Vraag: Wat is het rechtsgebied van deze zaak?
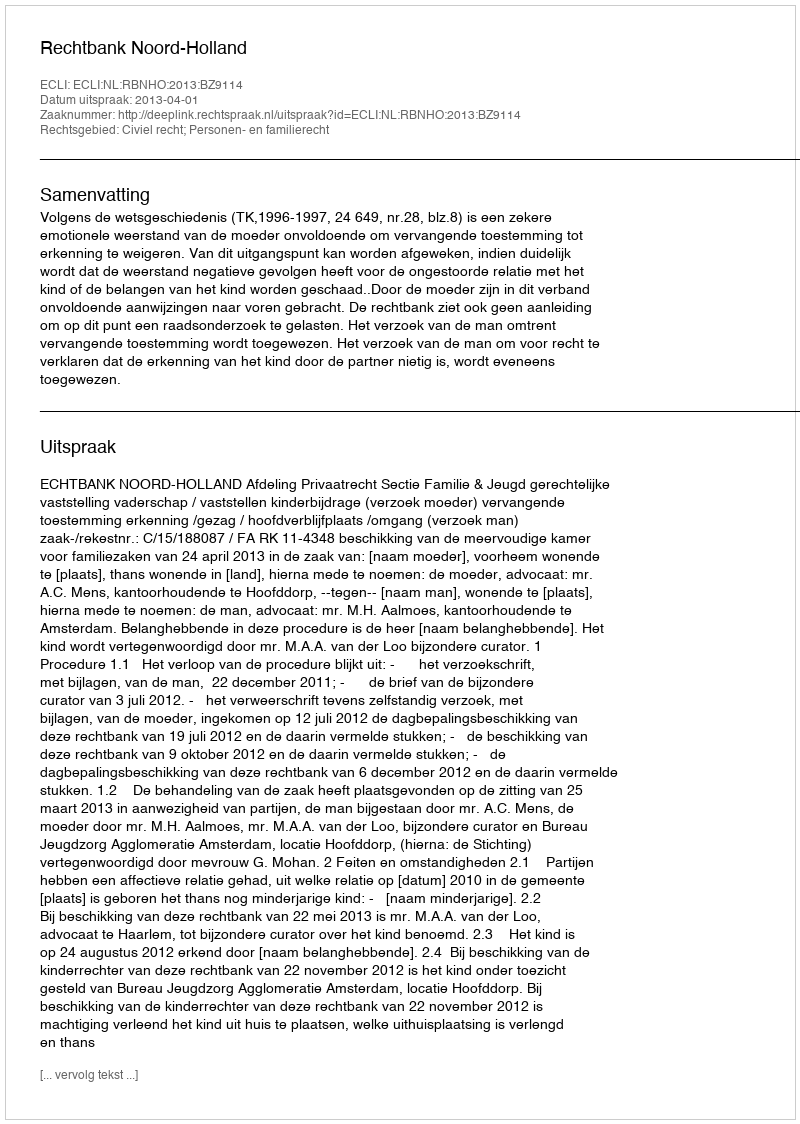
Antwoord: Civiel recht; Personen- en familierecht